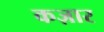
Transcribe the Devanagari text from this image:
कज़ार